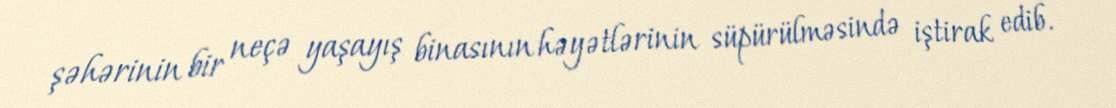
şəhərinin bir neçə yaşayış binasının həyətlərinin süpürülməsində iştirak edib.